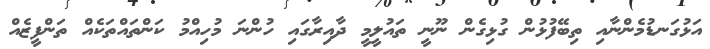
އަޅުގަނޑުމެންނާއި ތިބޭފުޅުން ގުޅިގެން ނޫނީ ތައުލީމީ ދާއިރާގައި ހުންނަ މުހިއްމު ކަންތައްތަކެއް ތަންފީޒެއް